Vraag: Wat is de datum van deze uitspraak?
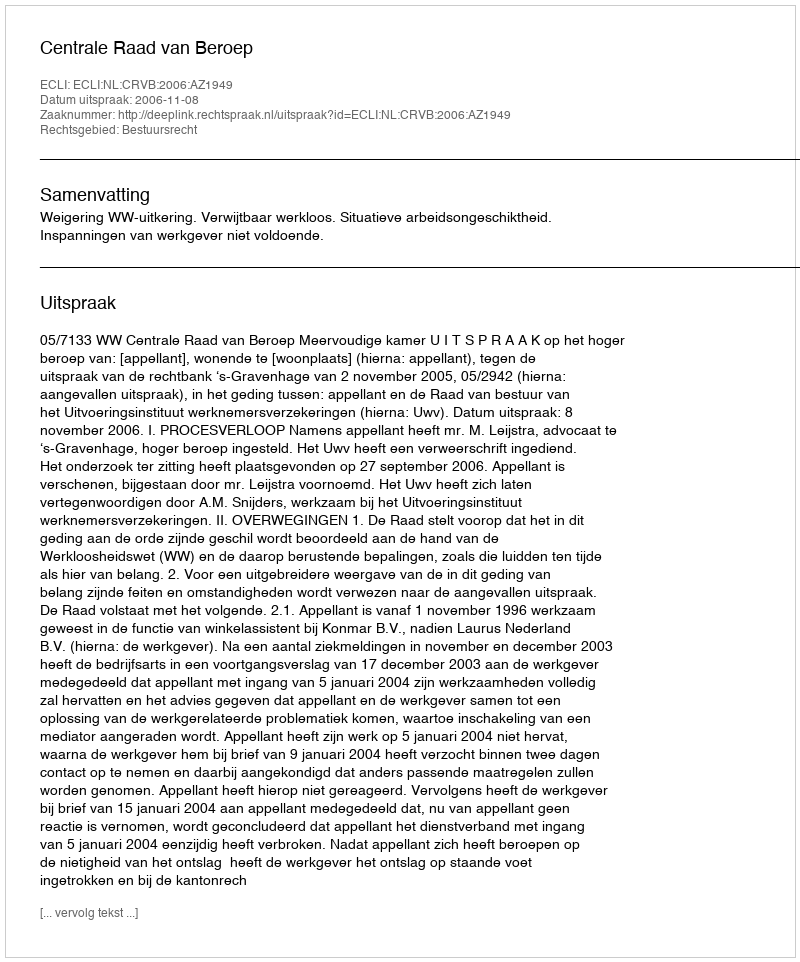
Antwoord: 2006-11-08